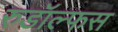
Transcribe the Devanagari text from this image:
रुडॉल्फस